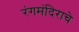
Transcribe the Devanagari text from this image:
रंगमंदिराचे